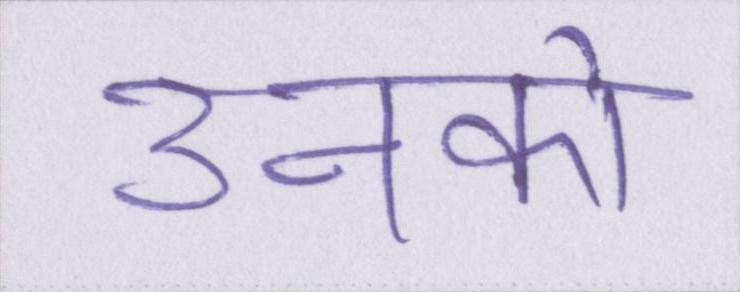
उनको